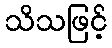
သိသဖြင့်